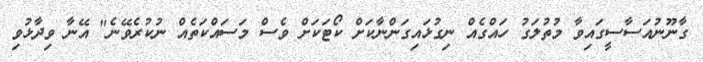
ގާނޫނުއަސާސީގައިވާ މުތުލަގު ހައްގެއް ނިގުޅައިގަންނާކަށް ކޯޓަކަށް ވެސް މަސައްކަތެއް ނުކުރެވޭނެ" އޭނާ ވިދާޅުވި